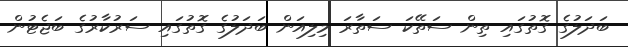
ބަދަލުގެ ގޮތުގައި ތިން ސަތޭކަ ސަތާރަ މިލިއަން ބަދަލުގެ ގޮތުގައި ސަރުކާރުގެ ބަޖެޓުން